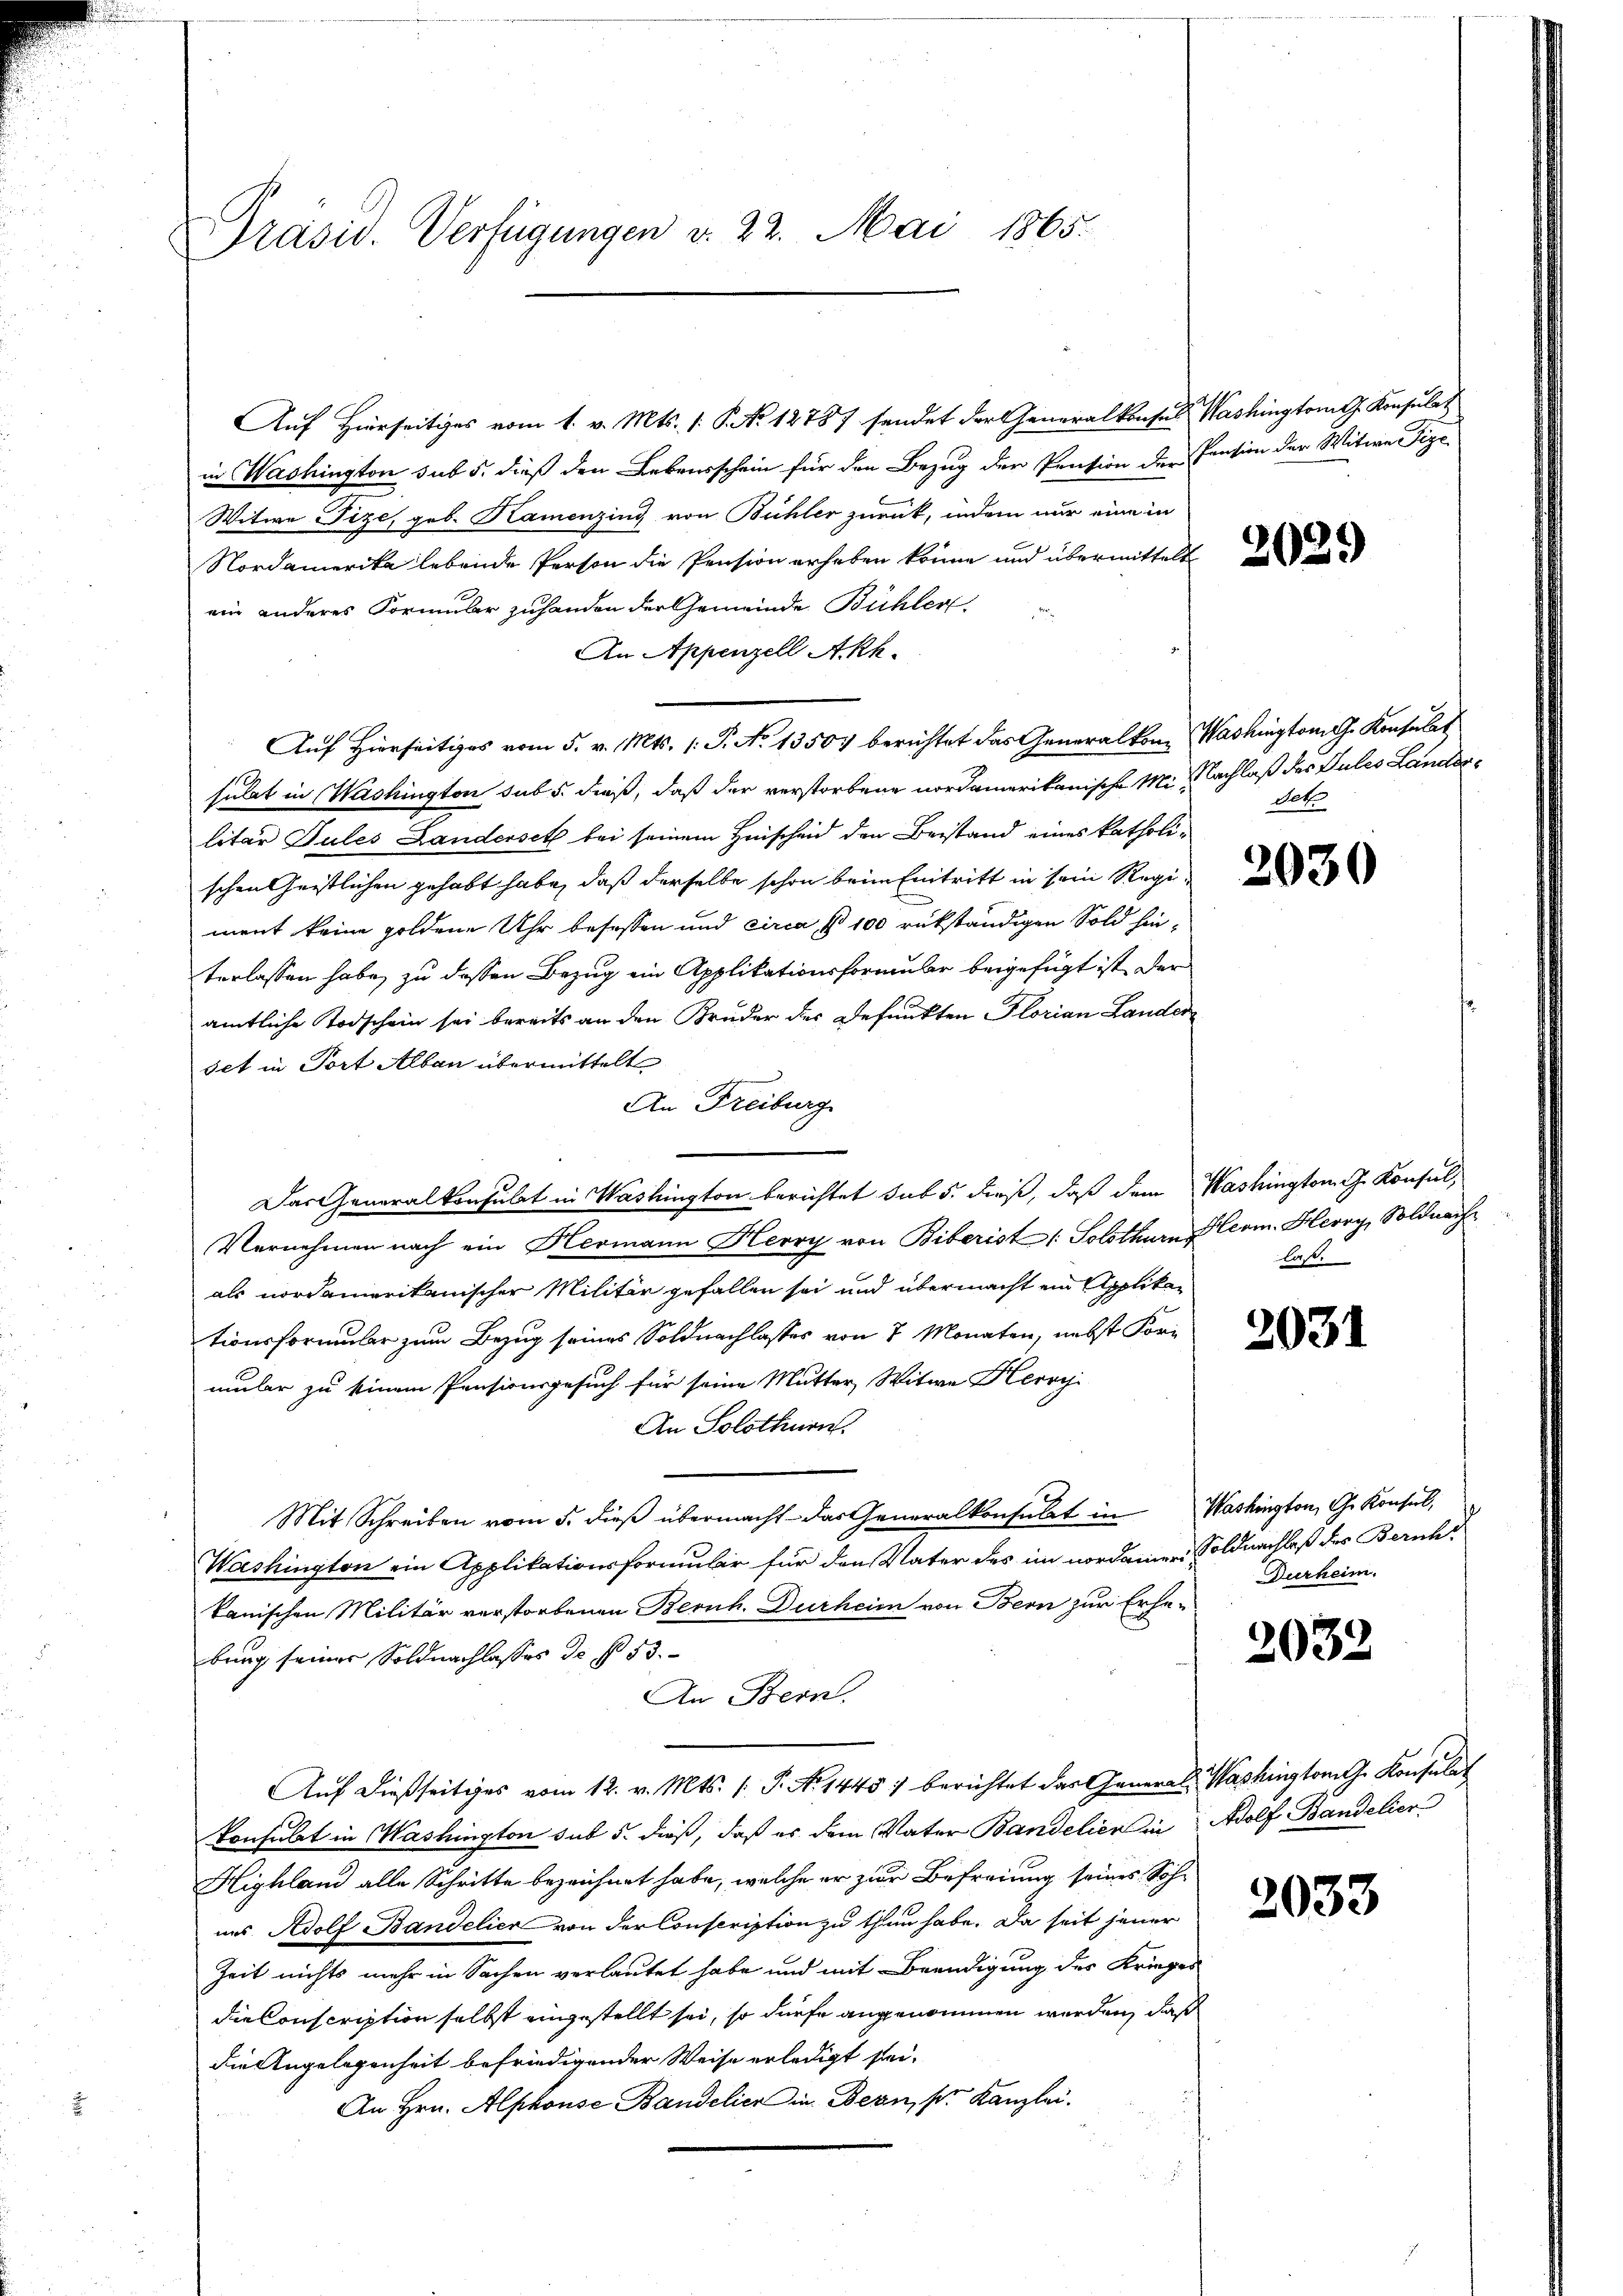
Präsid. Verfügungen v. 22. Mai 1865.

Auf Hierseitiges vom 1. v. Mts. 1. P. Nr. 1278/ sendet der Generalkonses Washington Konsulat

in Washington sub 5. dieß den Lebensschein für den Bezug der Pension der Pension der Witwe Pize¬
Witwe Fize, geb. Kamenzing von Bühler zurück, indem nur eine in
Nordamerika lebende Person die Pension erhoben könne und übermittelt
ein anderes Formular zuhanden der Gemeinde Bühler
An Appenzell Akk.
Auf Hierseitiges vom 5. v. Mts. 1. P. No 13504 berichtet das Generalkom Washington G. Konserlas
sulat in Washington sub 5. dieß, daß der verstorbene nordamerikanische Mit Nachlaß des Pules Landerlitär Sules Landersetz bei seinem Heischeid den Beistand eines katholischen Geistlichen gehabt habe, daß derselbe schon beim Eintritt in sein Regiment keine goldene Uhr besassen und circa, No 100 rükständigen Sold hinterlassen habe, zu dessen Bezug ein Applikationsformular beigefügt ist der
amtliche Todschein sei bereits an den Bruder des Befunkten Florian Lander
set in Port Albau übermittelt
An Freiburg
Das Generalkonsulat in Washington berichtet sub 5. dieß, daß dem Washington G. Konsul,
Vernehmen nach ein Hermann Herry von Biberist : Solothurn Herm. Herry, Soldnach
als nordamerikanischer Militär gefallen sei und übermacht ein Applikan
tionsformular zum Bezug seines Soldnachlasses von 2 Monaten, nebst Formmler zu seinem Pensionsgesuch für seine Mutter, Witwe Kerry
An Solothurn.
Mit Schreiben vom 5. dieß übermacht - das Generalkonsulat in Washington, Ge Konsul,
Washington ein Applikationsformular für den Vater des im nordamer Soldnachlaß des Bericht
kanischen Militär verstorbenen Bernh. Durheim von Bern zur Erha-
bung seiner Soldnachlasses de § 53.
An Bern.
Auf dießseitiges vom 12. v. Mts. (T. No 1445) berichtet der General-Washington G. Konsulat
Konsulat in Washington sub 5. dieß, daß es dem Vater Bandelien in Adolf Bandelier
Highland alle Schritte bezeichnet habe, welche er zur Befreiung seines Sohuns Adolf Bandelier von der Conscription zu thun habe. Da seit jener
Zeit nichts mehr in Sachen verlautet habe und mit Beendigung des Krieges
die Conscription selbst eingestellt sei, so dürfe angenommen werden, daß
die Angelegenheit befriedigender Weise erledigt sei.
An Hrn. Alphonse Bandelier in Bern, s. Kanzlei.

2029

det

2030

laß.

2031

Durheim.

2032

2033